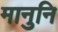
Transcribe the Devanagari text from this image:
मानुनि